Vaccination Hyderabad 1890-1903 - 1890-1903
Year: 1890
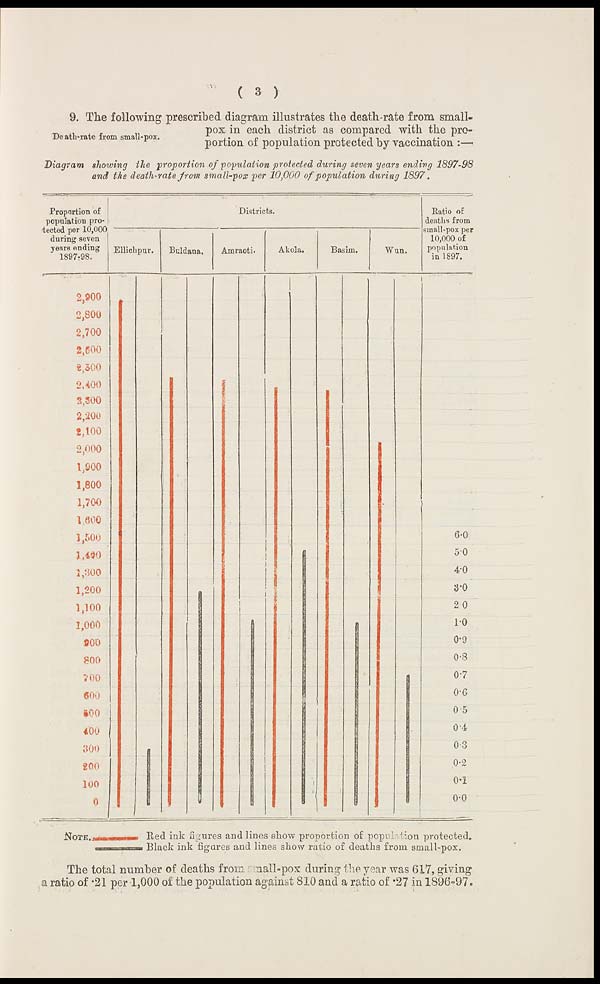
( 3 )
Death-rate from small-pox.
9. The following prescribed diagram illustrates the death-rate from small-
pox in each district as compared with the pro-
portion of population protected by vaccination :—
Diagram showing the proportion of population protected during seven years ending 1897-98
and the death-rate from small-pox per 10,000 of population during 1897.
The total number of deaths from small-pox during the year was 617, giving
a ratio of .21 per 1,000 of the population against 810 and a ratio of .27 in 1896-97.